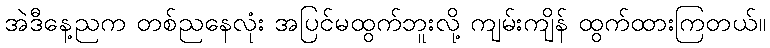
အဲဒီနေ့ညက တစ်ညနေလုံး အပြင်မထွက်ဘူးလို့ ကျမ်းကျိန် ထွက်ထားကြတယ်။